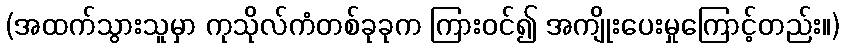
(အထက်သွားသူမှာ ကုသိုလ်ကံတစ်ခုခုက ကြားဝင်၍ အကျိုးပေးမှုကြောင့်တည်း။)